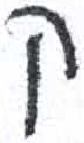
אות: ק